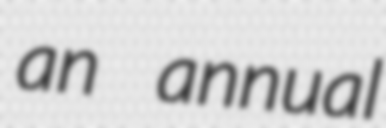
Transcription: an annual